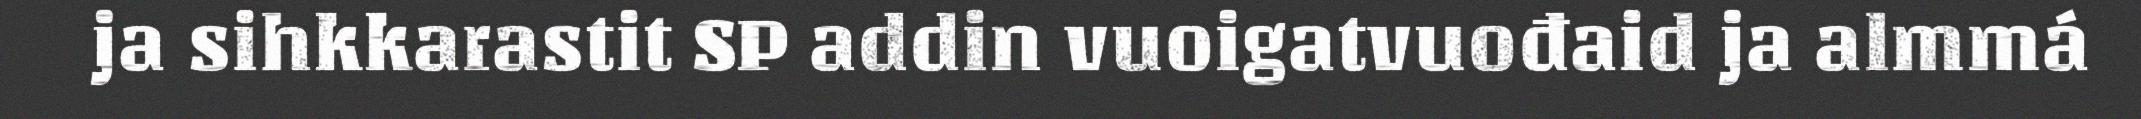
ja sihkkarastit SP addin vuoigatvuođaid ja almmá